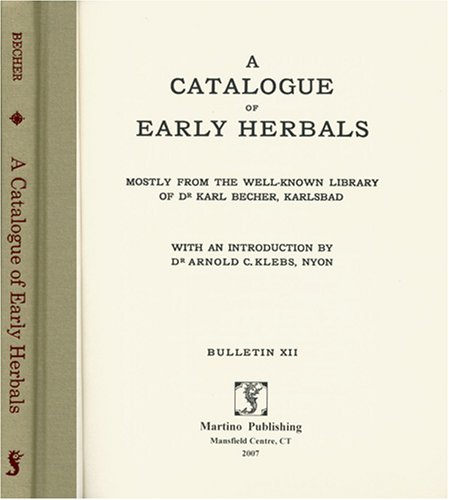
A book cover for A Catalogue of Early Herbals: Mostly from the Well-known Library of Dr. Karl Becher, Karlsbad ; With an Introduction by Arnold C. Klebs; Karl Becher; Arts & Photography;